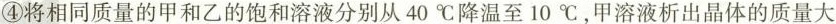
④将相同质量的甲和乙的饱和溶液分别从40℃降温至10℃，甲溶液析出晶体的质量大